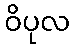
ဝိပုလ